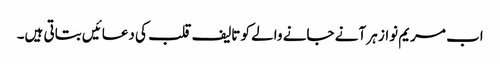
اب مریم نواز ہر آنے جانے والے کو تالیف قلب کی دعائیں بتاتی ہیں۔